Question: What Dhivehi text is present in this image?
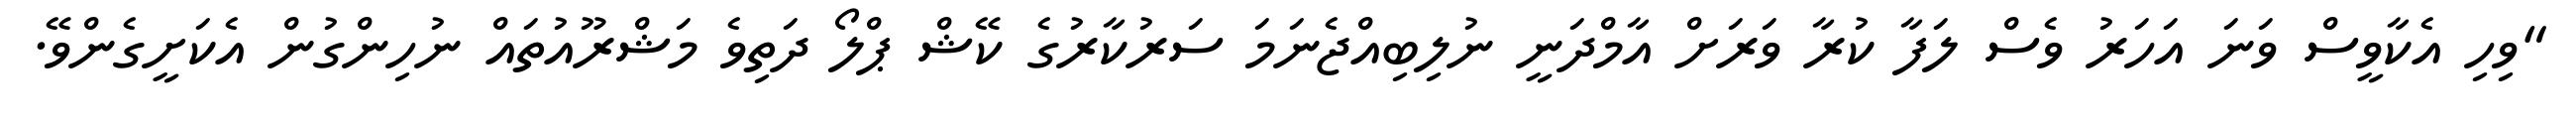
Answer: "ވިހި އެކާވީސް ވަނަ އަހަރު ވެސް ލަފާ ކުރާ ވަރަށް އާމްދަނީ ނުލިބިއްޖެނަމަ ސަރުކާރުގެ ކޭޝް ޕްލޯ ދަތިވެ މަޝްރޫއުތައް ނުހިންގުން އެކަށީގެންވޭ.